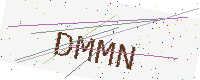
Text: DMMN